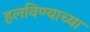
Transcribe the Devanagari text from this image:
हलविण्याच्या